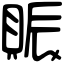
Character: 賑